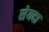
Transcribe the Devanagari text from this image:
सेयदा